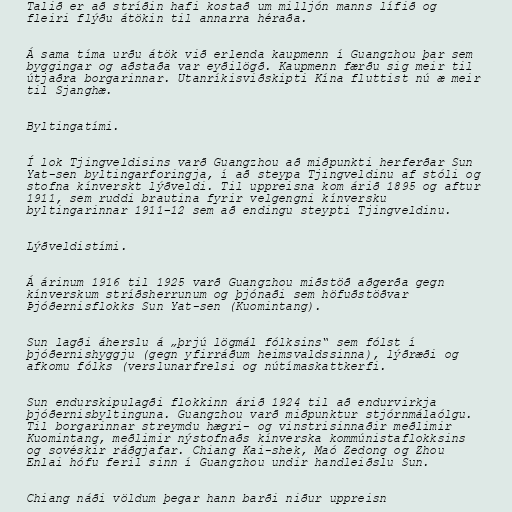
Talið er að stríðin hafi kostað um milljón manns lífið og
fleiri flýðu átökin til annarra héraða.

Á sama tíma urðu átök við erlenda kaupmenn í Guangzhou þar sem
byggingar og aðstaða var eyðilögð. Kaupmenn færðu sig meir til
útjaðra borgarinnar. Utanríkisviðskipti Kína fluttist nú æ meir
til Sjanghæ.

Byltingatími.

Í lok Tjingveldisins varð Guangzhou að miðpunkti herferðar Sun
Yat-sen byltingarforingja, í að steypa Tjingveldinu af stóli og
stofna kínverskt lýðveldi. Til uppreisna kom árið 1895 og aftur
1911, sem ruddi brautina fyrir velgengni kínversku
byltingarinnar 1911–12 sem að endingu steypti Tjingveldinu.

Lýðveldistími.

Á árinum 1916 til 1925 varð Guangzhou miðstöð aðgerða gegn
kínverskum stríðsherrunum og þjónaði sem höfuðstöðvar
Þjóðernisflokks Sun Yat-sen (Kuomintang).

Sun lagði áherslu á „þrjú lögmál fólksins“ sem fólst í
þjóðernishyggju (gegn yfirráðum heimsvaldssinna), lýðræði og
afkomu fólks (verslunarfrelsi og nútímaskattkerfi.

Sun endurskipulagði flokkinn árið 1924 til að endurvirkja
þjóðernisbyltinguna. Guangzhou varð miðpunktur stjórnmálaólgu.
Til borgarinnar streymdu hægri- og vinstrisinnaðir meðlimir
Kuomintang, meðlimir nýstofnaðs kínverska kommúnistaflokksins
og sovéskir ráðgjafar. Chiang Kai-shek, Maó Zedong og Zhou
Enlai hófu feril sinn í Guangzhou undir handleiðslu Sun.

Chiang náði völdum þegar hann barði niður uppreisn